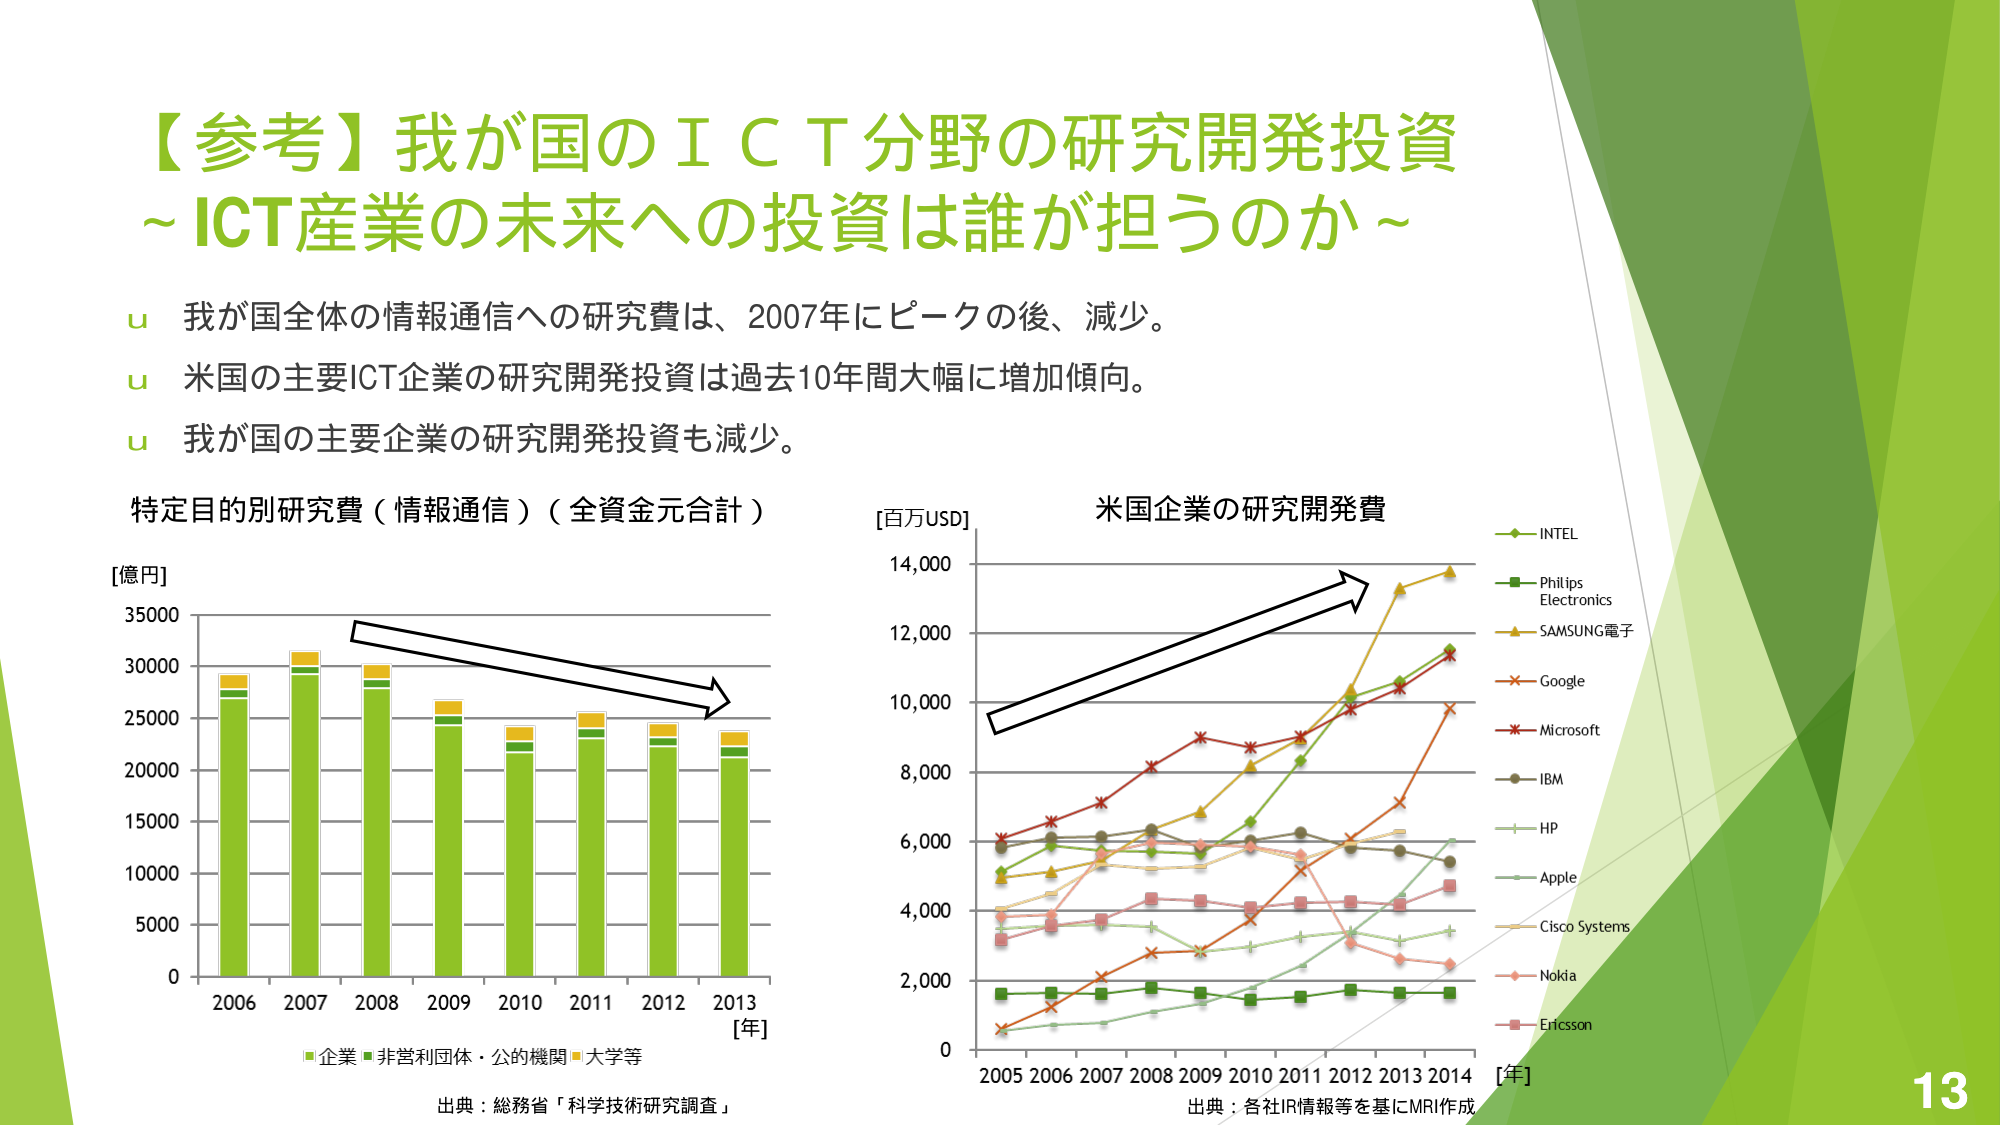
【参考】我が国のＩＣＴ分野の研究開発投資
～ICT産業の未来への投資は誰が担うのか～

u 我が国全体の情報通信への研究費は、2007年にピークの後、減少。
u 米国の主要ICT企業の研究開発投資は過去10年間大幅に増加傾向。
u 我が国の主要企業の研究開発投資も減少。

特定目的別研究費（情報通信）（全資金元合計）
[億円]
35000
30000
25000
20000
15000
10000
5000
0
2006 2007 2008 2009 2010 2011 2012 2013
[年]
■企業 ■非営利団体・公的機関 ■大学等
出典：総務省「科学技術研究調査」

[百万USD]
米国企業の研究開発費
14,000
12,000
10,000
8,000
6,000
4,000
2,000
0
2005 2006 2007 2008 2009 2010 2011 2012 2013 2014
[年]
出典：各社IR情報等を基にMRI作成

- INTEL
- Philips Electronics
- SAMSUNG電子
- Google
- Microsoft
- IBM
- HP
- Apple
- Cisco Systems
- Nokia
- Ericsson

13